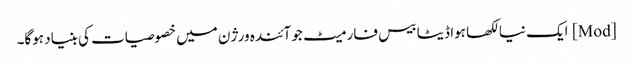
[Mod] ایک نیا لکھا ہوا ڈیٹا بیس فارمیٹ جو آئندہ ورژن میں خصوصیات کی بنیاد ہوگا۔